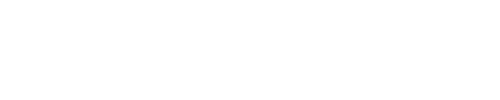
\fbox { \mathrm { i f } e _ { a } e _ { b } = \pm e _ { c } , \mathrm { t h e n } e _ { a + 1 } e _ { b + 1 } = \pm e _ { c + 1 } ; }